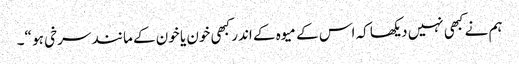
ہم نے کبھی نہیں دیکھا کہ اس کے میوہ کے اندر کبھی خون یا خون کے مانند سرخی ہو “۔